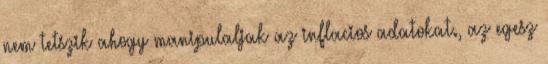
nem tetszik ahogy manipulaljak az inflacios adatokat., az egesz